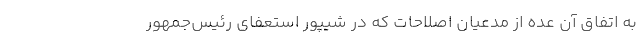
به اتفاق آن عده از مدعیان اصلاحات که در شیپور استعفای رئیس‌جمهور